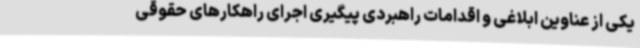
یکی از عناوین ابلاغی و اقدامات راهبردی پیگیری اجرای راهکارهای حقوقی